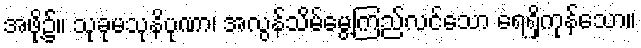
အဖို့၌။ သုခုမသုနိပုဏာ၊ အလွန်သိမ်မွေ့ကြည်လင်သော ရေရှိကုန်သော။